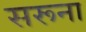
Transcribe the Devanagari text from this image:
सरूना